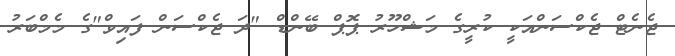
ޖެނެޓް ޖެކްސަންއަކީ ކުރީގެ މަޝްހޫރު ޕޮޕް ބޭންޑް "ދަ ޖެކްސަން ފައިވް"ގެ މެމްބަރު